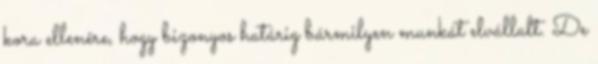
kora ellenére, hogy bizonyos határig bármilyen munkát elvállalt. De